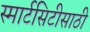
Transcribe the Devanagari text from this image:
स्मार्टसिटीसाठी